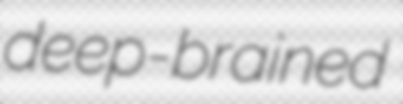
deep-brained